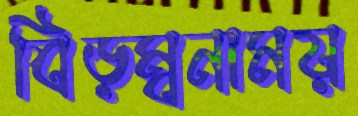
বিড়ম্বনাময়